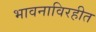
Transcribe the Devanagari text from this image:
भावनाविरहीत